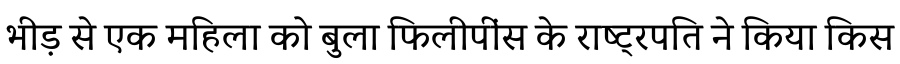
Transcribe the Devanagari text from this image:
भीड़ से एक महिला को बुला फिलीपींस के राष्ट्रपति ने किया किस